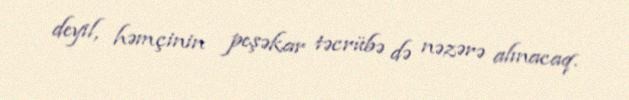
deyil, həmçinin peşəkar təcrübə də nəzərə alınacaq.